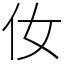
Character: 㚢